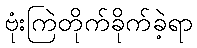
ဗုံးကြဲတိုက်ခိုက်ခဲ့ရာ